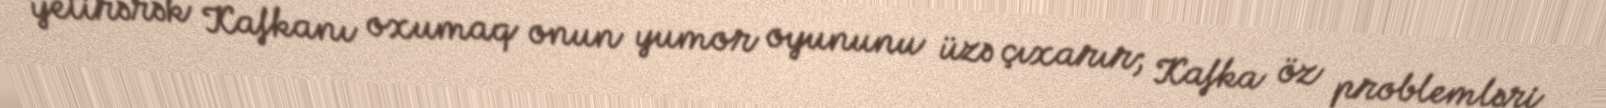
yetirərək Kafkanı oxumaq onun yumor oyununu üzə çıxarır; Kafka öz problemləri